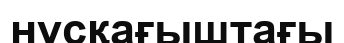
нұсқағыштағы